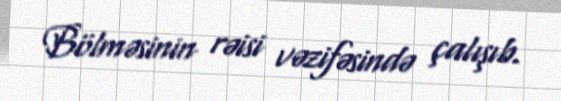
Bölməsinin rəisi vəzifəsində çalışıb.